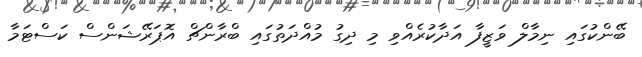
ބޭންކުގައި ނިމާލް ވަޒީފާ އަދާކުރެއްވި މި ދިގު މުއްދަތުގައި ބްރާންޗް އޮޕަރޭޝަންސް ކަސްޓަމާ